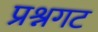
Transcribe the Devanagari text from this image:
प्रश्नगट